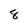
Character: 8